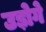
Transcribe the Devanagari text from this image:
उड़ोगे